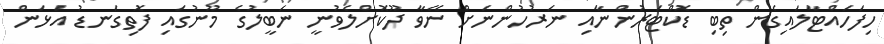
ހިފަހައްޓާލައިގެން ތިބި ޑޮކްޓަރުންނާއި ނަރުހުންނަށް ނޭވާ ދޫކޮށްލެވުނީ ނަބީލުގެ މޫނުގައި ފޮތިގަނޑު އަޅަން